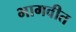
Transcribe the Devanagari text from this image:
भागवीत